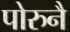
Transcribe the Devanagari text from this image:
पोरुनै